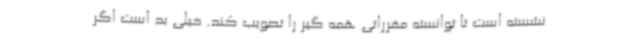
نشسته است تا توانسته مقرراتی همه گیر را تصویب کند. خیلی بد است اگر